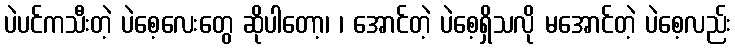
ပဲပင်ကသီးတဲ့ ပဲစေ့လေးတွေ ဆိုပါတော့၊ ၊ အောင်တဲ့ ပဲစေ့ရှိသလို မအောင်တဲ့ ပဲစေ့လည်း